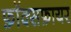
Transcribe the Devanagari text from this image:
फ़ॉक्सफ़ायर